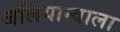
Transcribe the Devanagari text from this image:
जलियान्वाला